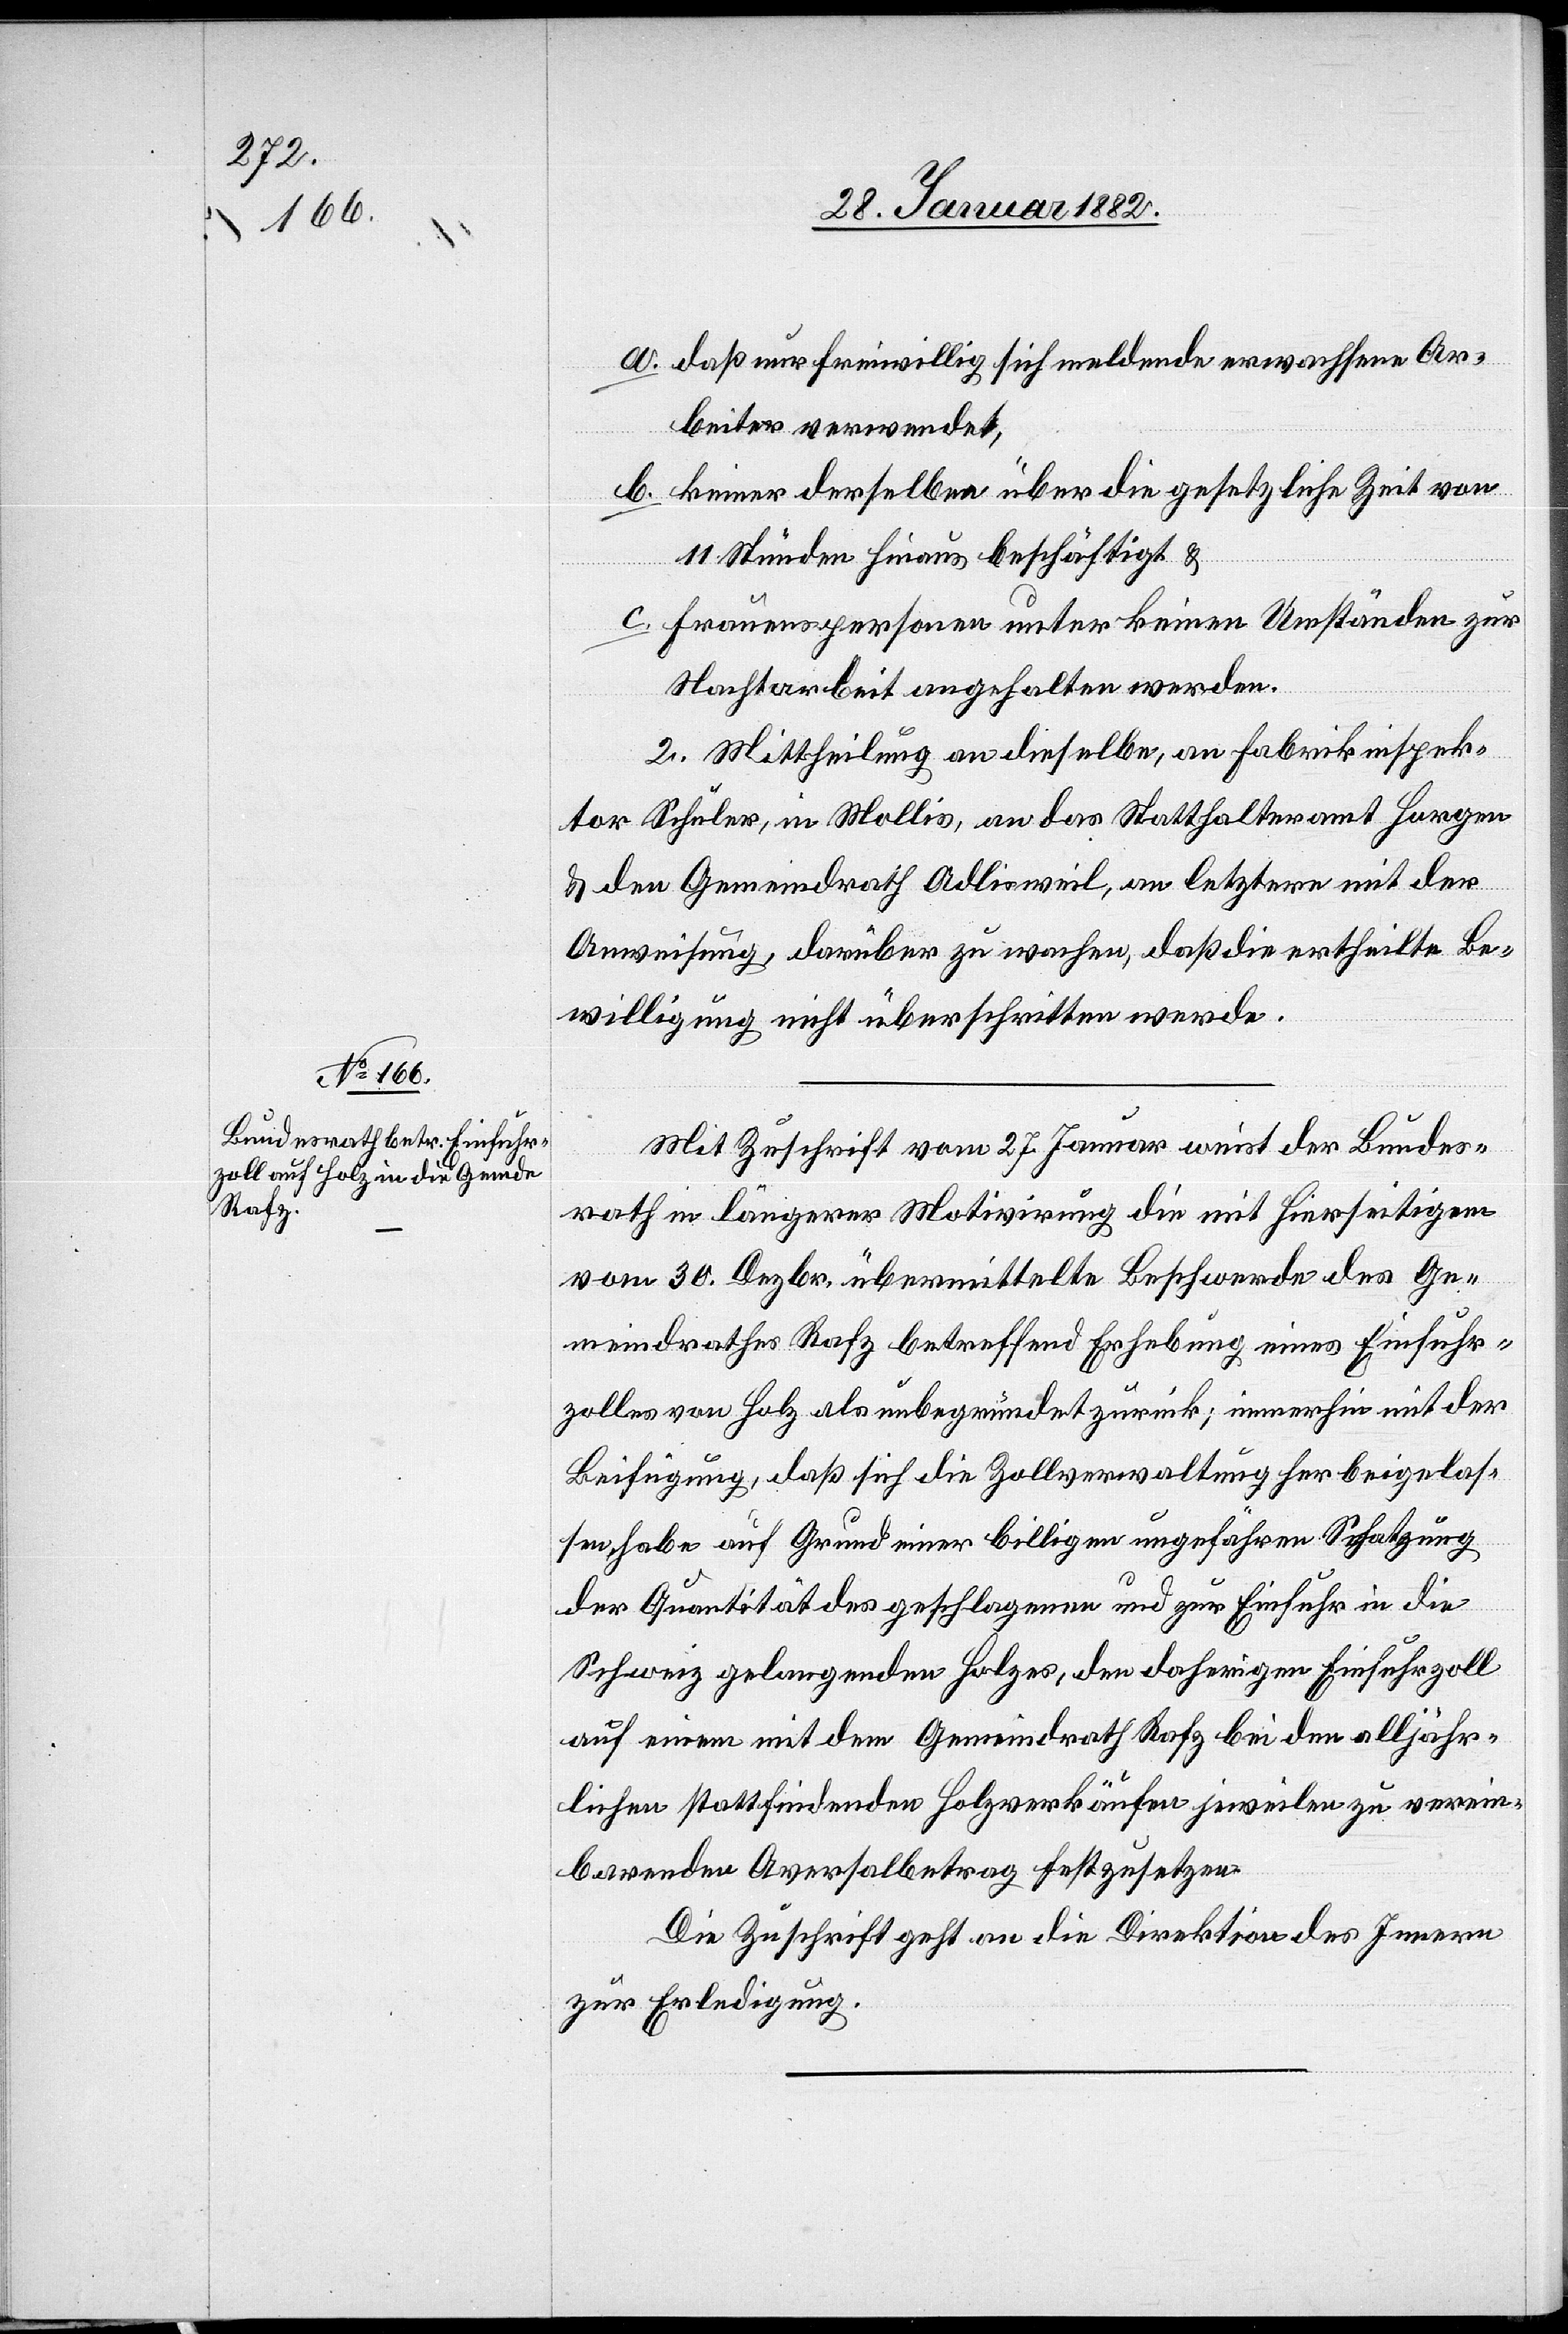
30. Januar 1882]
a. daß nur freiwillig sich meldende erwachsene Ar¬
beiter verwendet,
b. keiner derselben über die gesetzliche Zeit von
11 Stunden hinaus beschäftigt &
c. Frauenspersonen unter keinen Umständen zur
Nachtarbeit angehalten werden.
II. Mittheilung an dieselben, an Fabrikinspek¬
tor Schuler, in Mollis, an das Statthalteramt Horgen
& den Gemeindrath Adlisweil, an letztern mit der
Anweisung, darüber zu wachen, daß die ertheilte Be¬
willigung nicht überschritten werde.
Mit Zuschrift vom 27. Januar weist der Bundes¬
rath in längerer Motivirung die mit hierseitigen
vom 30. Dezbr. übermittelte Beschwerde des Ge¬
meindrathes Rafz betreffend Erhebung eines Einfuhr¬
zolles von Holz als unbegründet zurück; immerhin mit der
Beifügung, daß sich die Zollverwaltung herbeigelas¬
sen habe auf Grund einer billigen ungefähren Schätzung
der Qualität des geschlagenen und zur Einfuhr in die
Schweiz gelangenden Holzes, den daherigen Einfuhrzoll
auf einem mit dem Gemeindrath Rafz bei den alljähr¬
lichen stattfindenden Holzverkäufen jeweilen zu verein¬
barenden Aversalbetrag festzusetzen.
Die Zuschrift geht an die Direktion des Innern
zur Erledigung.